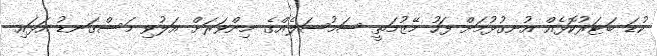
ކުޑަ ބަޓަރުކޮޅެއް އުނގުޅުމަށް ފަހު މޭޒުމަތީ ސަމުސަލެއްގެ މިންވަރަށް އަލުވި މަސްގަނޑު އަޅައި